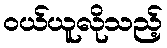
ဝယ်ယူလိုသည့်